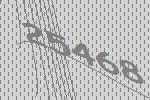
25468